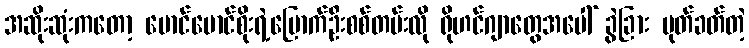
အဆိုးဆုံးကတော့ မောင်မောင်စိုးရဲ့မြောက်ဦးစစ်တမ်းလို ရိုဟင်ဂျာတွေအပေါ် ခွဲခြား ပုတ်ခတ်တဲ့